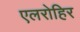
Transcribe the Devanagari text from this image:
एलरोहिर